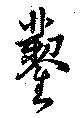
鑿